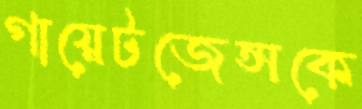
গায়েটজেন্সকে